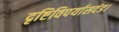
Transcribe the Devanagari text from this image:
दृष्टिविपर्यासदंड।